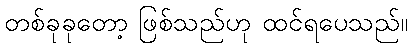
တစ်ခုခုတော့ ဖြစ်သည်ဟု ထင်ရပေသည်။